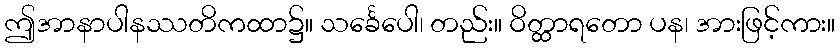
ဤအာနာပါနဿတိကထာ၌။ သင်္ခေပေါ၊ တည်း။ ဝိတ္ထာရတော ပန၊ အားဖြင့်ကား။